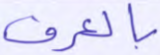
بالعرف